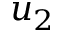
u _ { 2 }